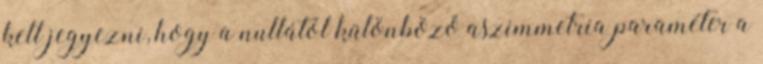
kell jegyezni, hogy a nullától különböző aszimmetria paraméter a